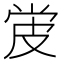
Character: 𬐓